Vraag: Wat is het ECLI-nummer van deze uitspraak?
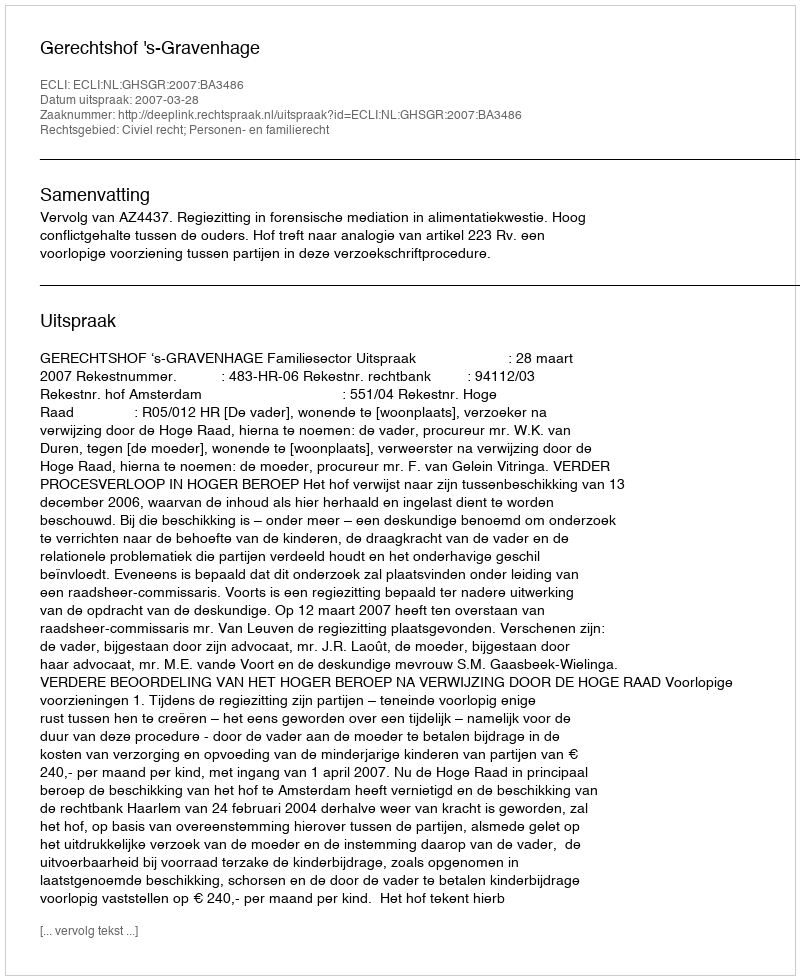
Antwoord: ECLI:NL:GHSGR:2007:BA3486